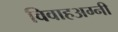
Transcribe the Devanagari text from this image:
विवाहअग्नी